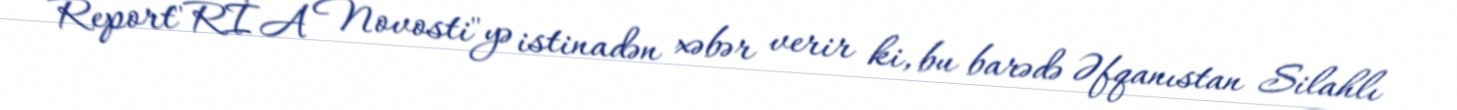
Report"RİA Novosti"yə istinadən xəbər verir ki, bu barədə Əfqanıstan Silahlı